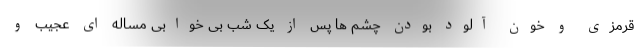
قرمزی و خون آلود بودن چشم ها پس از یک شب بی خوابی مساله ای عجیب و